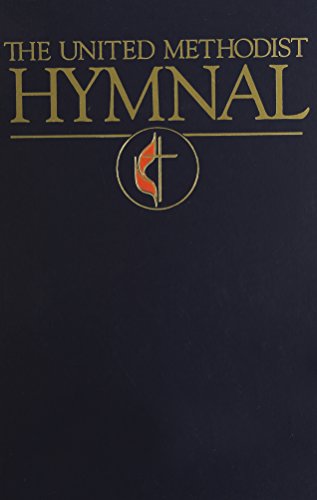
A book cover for The United Methodist Hymnal: (Blue); Not Available (NA); Christian Books & Bibles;